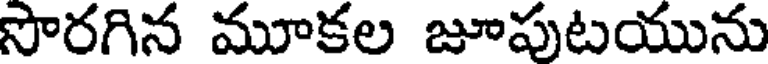
సొరగిన మూకల జూపుటయును